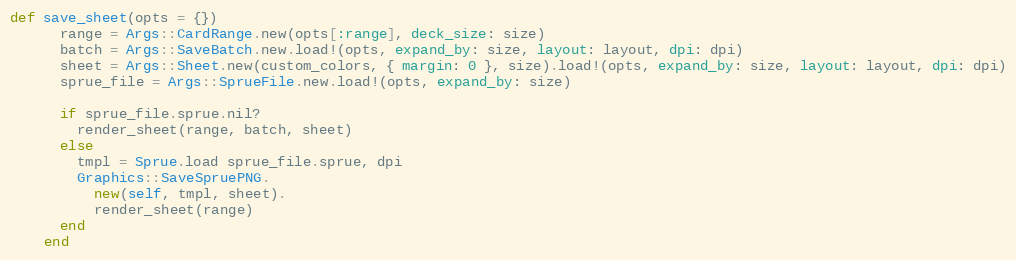
Language: Ruby
def save_sheet(opts = {})
      range = Args::CardRange.new(opts[:range], deck_size: size)
      batch = Args::SaveBatch.new.load!(opts, expand_by: size, layout: layout, dpi: dpi)
      sheet = Args::Sheet.new(custom_colors, { margin: 0 }, size).load!(opts, expand_by: size, layout: layout, dpi: dpi)
      sprue_file = Args::SprueFile.new.load!(opts, expand_by: size)

      if sprue_file.sprue.nil?
        render_sheet(range, batch, sheet)
      else
        tmpl = Sprue.load sprue_file.sprue, dpi
        Graphics::SaveSpruePNG.
          new(self, tmpl, sheet).
          render_sheet(range)
      end
    end